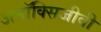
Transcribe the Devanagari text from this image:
अनॉक्सिजीवी